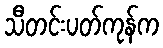
သီတင်းပတ်ကုန်က